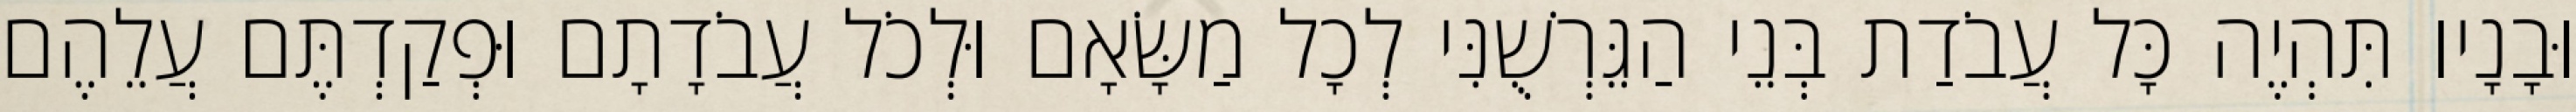
וּבָנָיו תִּהְיֶה כָּל עֲבֹדַת בְּנֵי הַגֵּרְשֻׁנִּי לְכָל מַשָּׂאָם וּלְכֹל עֲבֹדָתָם וּפְקַדְתֶּם עֲלֵהֶם